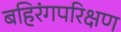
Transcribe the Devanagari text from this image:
बहिरंगपरिक्षण